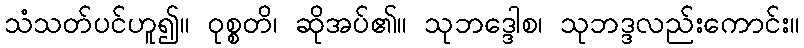
သံသတ်ပင်ဟူ၍။ ဝုစ္စတိ၊ ဆိုအပ်၏။ သုဘဒ္ဒောစ၊ သုဘဒ္ဒလည်းကောင်း။